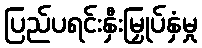
ပြည်ပရင်းနှီးမြှုပ်နှံမှု